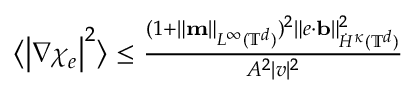
\begin{array} { r } { \bigl \langle \bigl | \nabla \chi _ { e } \bigr | ^ { 2 } \bigr \rangle \leq \frac { ( 1 + \| \mathbf { m } \| _ { L ^ { \infty } ( \ensuremath { \mathbb { T } } ^ { d } ) } ) ^ { 2 } \| e \cdot \ensuremath { \mathbf { b } } \| _ { \dot { H } ^ { \kappa } ( \ensuremath { \mathbb { T } } ^ { d } ) } ^ { 2 } } { A ^ { 2 } | v | ^ { 2 } } } \end{array}